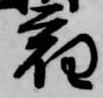
宿